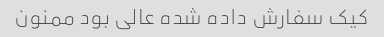
کیک سفارش داده شده عالی بود ممنون